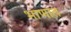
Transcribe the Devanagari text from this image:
भाणात